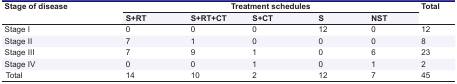
<table><thead><tr><td rowspan="2"><b>Stage of disease</b></td><td colspan="5"><b>Treatment schedules</b></td><td rowspan="2"><b>Total</b></td></tr><tr><td><b>S+RT</b></td><td><b>S+RT+CT</b></td><td><b>S+CT</b></td><td><b>S</b></td><td><b>NST</b></td></tr></thead><tbody><tr><td> Stage I </td><td> 0 </td><td> 0 </td><td> 0 </td><td> 12 </td><td> 0 </td><td> 12 </td></tr><tr><td> Stage II </td><td> 7 </td><td> 1 </td><td> 0 </td><td> 0 </td><td> 0 </td><td> 8 </td></tr><tr><td> Stage III </td><td> 7 </td><td> 9 </td><td> 1 </td><td> 0 </td><td> 6 </td><td> 23 </td></tr><tr><td> Stage IV </td><td> 0 </td><td> 0 </td><td> 1 </td><td> 0 </td><td> 1 </td><td> 2 </td></tr><tr><td> Total </td><td> 14 </td><td> 10 </td><td> 2 </td><td> 12 </td><td> 7 </td><td> 45 </td></tr></tbody></table>